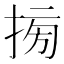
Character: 𢮔